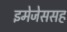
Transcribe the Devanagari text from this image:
इमेजेससह